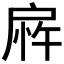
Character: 𫼎